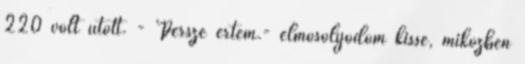
220 volt ütött. - Persze értem.- elmosolyodom kissé, miközben